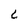
Character: L